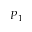
P _ { 1 }